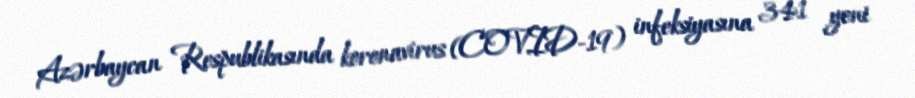
Azərbaycan Respublikasında koronavirus (COVID-19) infeksiyasına 341 yeni